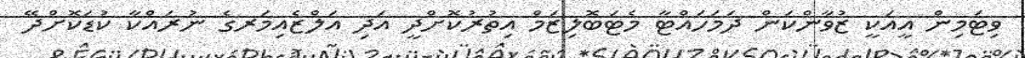
ވިޓަމިން އީއަކީ ޒުވާންކަން ދަމަހައްޓާ މެޓަބޮލިޒަމް އިތުރުކޮށްދީ އަދި އަލްޒެއިމަރގެ ނުރައްކާ ކުޑަކޮށްދޭ